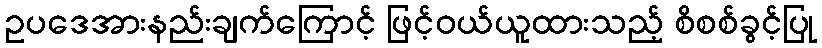
ဥပဒေအားနည်းချက်ကြောင့် ဖြင့်ဝယ်ယူထားသည့် စိစစ်ခွင့်ပြု